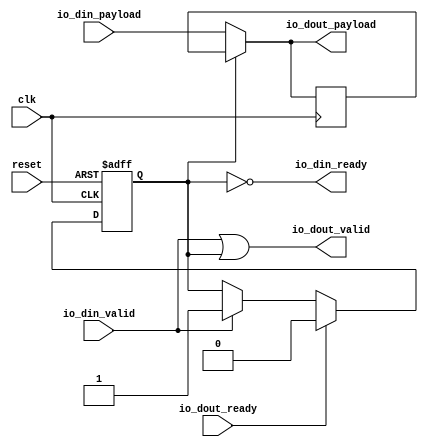
// Generator : SpinalHDL v1.7.2    git head : 08fc866bebdc40c471ebe327bface63e34406489
// Component : Stream_1
// Git hash  : 23d564a3e9d4d768c2cb1641ec7dc2becc0d2602

`timescale 1ns/1ps

module Stream_1 (
  input               io_din_valid,
  output              io_din_ready,
  input      [7:0]    io_din_payload,
  output              io_dout_valid,
  input               io_dout_ready,
  output     [7:0]    io_dout_payload,
  input               clk,
  input               reset
);

  wire                io_din_s2mPipe_valid;
  wire                io_din_s2mPipe_ready;
  wire       [7:0]    io_din_s2mPipe_payload;
  reg                 io_din_rValid;
  reg        [7:0]    io_din_rData;

  assign io_din_ready = (! io_din_rValid);
  assign io_din_s2mPipe_valid = (io_din_valid || io_din_rValid);
  assign io_din_s2mPipe_payload = (io_din_rValid ? io_din_rData : io_din_payload);
  assign io_dout_valid = io_din_s2mPipe_valid;
  assign io_din_s2mPipe_ready = io_dout_ready;
  assign io_dout_payload = io_din_s2mPipe_payload;
  always @(posedge clk or posedge reset) begin
    if(reset) begin
      io_din_rValid <= 1'b0;
    end else begin
      if(io_din_valid) begin
        io_din_rValid <= 1'b1;
      end
      if(io_din_s2mPipe_ready) begin
        io_din_rValid <= 1'b0;
      end
    end
  end

  always @(posedge clk) begin
    if(io_din_ready) begin
      io_din_rData <= io_din_payload;
    end
  end


endmodule